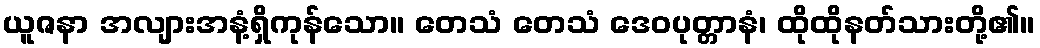
ယူဇနာ အလျားအနံ့ရှိကုန်သော။ တေသံ တေသံ ဒေဝပုတ္တာနံ၊ ထိုထိုနတ်သားတို့၏။